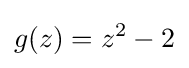
g(z)=z^{2}-2